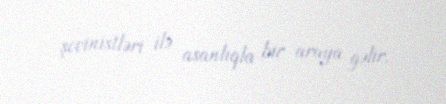
şovinistləri ilə asanlıqla bir araya gəlir.